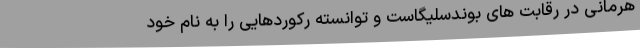
هرمانی در رقابت های بوندسلیگاست و توانسته رکوردهایی را به نام خود